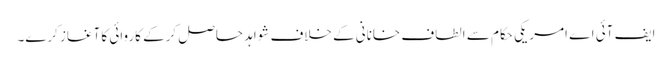
ایف آئی اے امریکی حکام سے الطاف خانانی کے خلاف شواہد حاصل کرکے کاروائی کا آغاز کرے۔